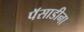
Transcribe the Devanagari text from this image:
पॅसाडीना